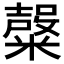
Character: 𱹣